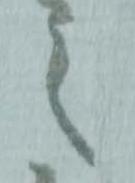
之